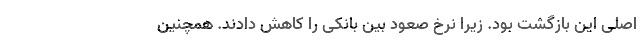
اصلی این بازگشت بود. زیرا نرخ صعود بین بانکی را کاهش دادند. همچنین